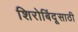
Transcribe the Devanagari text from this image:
शिरोबिंदूसाठी